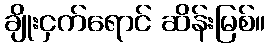
ချိုးငှက်ရောင် ဆိန်းမြစ်။